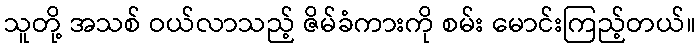
သူတို့ အသစ် ဝယ်လာသည့် ဇိမ်ခံကားကို စမ်း မောင်းကြည့်တယ်။